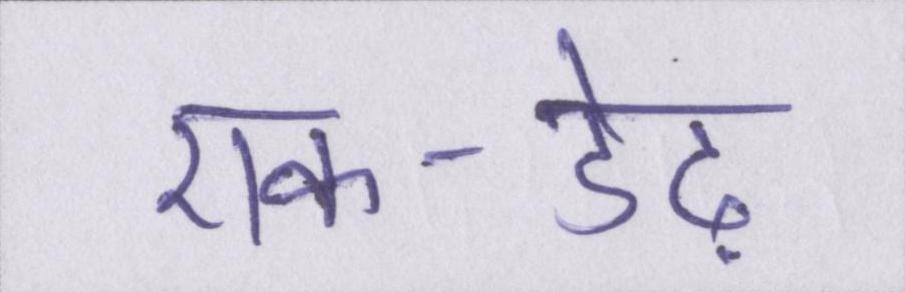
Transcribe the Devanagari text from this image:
एक-डेढ़